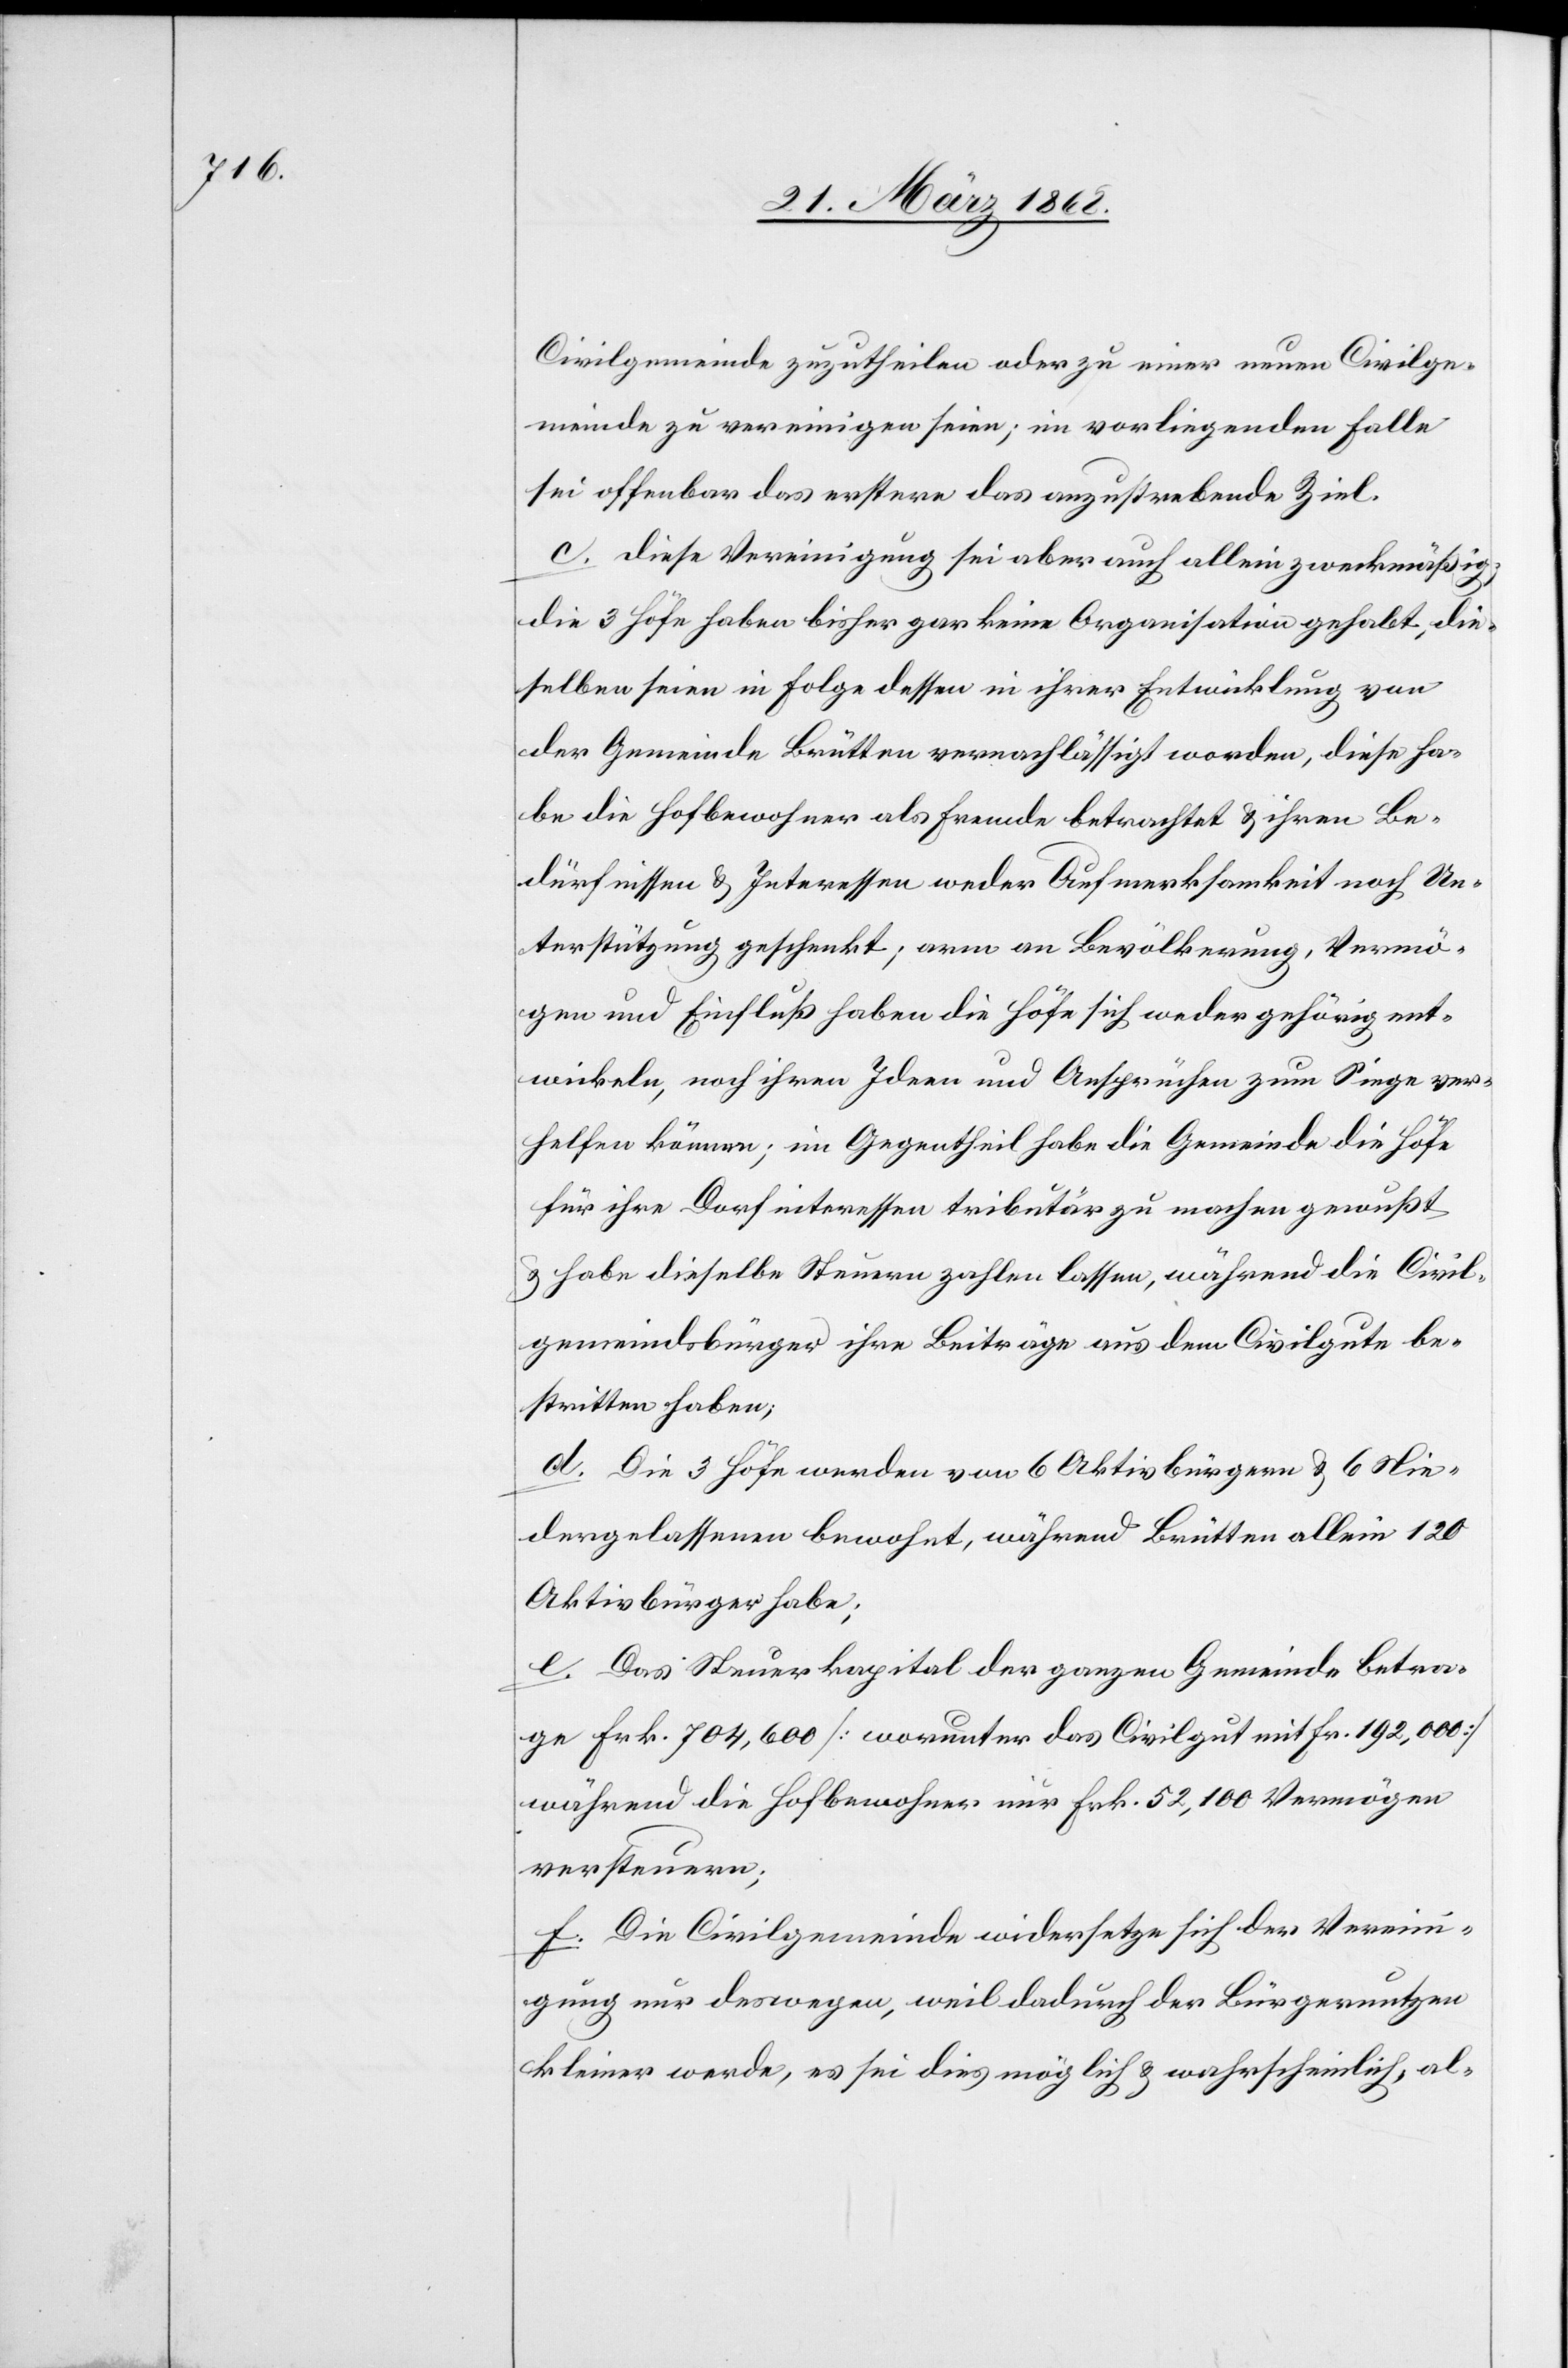
Civilgemeinde zuzutheilen oder zu einer neuen Civilge¬
meinde zu vereinigen seien; im vorliegenden Falle
sei offenbar das erstere das anzustrebende Ziel.
c. Diese Vereinigung sei aber auch allein zweckmäßig;
die 3 Höfe haben bisher gar keine Organisation gehabt, die¬
selben seien in Folge dessen in ihrer Entwicklung von
der Gemeinde Brütten vernachlässigt worden, diese ha¬
be die Hofbewohner als Fremde betrachtet & ihren Be¬
dürfnissen & Interessen weder Aufmerksamkeit noch Un¬
terstützung geschenkt; arm an Bevölkerung, Vermö¬
gen und Einfluß haben die Höfe sich weder gehörig ent¬
wickeln, noch ihren Ideen und Ansprüchen zum Siege ver¬
helfen können; im Gegentheil habe die Gemeinde die Höfe
für ihre Dorfinteressen tributär zu machen gewußt
& habe dieselbe Steuern zahlen lassen, während die Civil¬
gemeindsbürger ihre Beiträge aus dem Civilgute be¬
stritten haben;
d. Die 3 Höfe werden von 6 Aktivbürgern & 6 Nie¬
dergelassenen bewohnt, während Brütten allein 120
Aktivbürger habe;
e. Das Steuerkapital der ganzen Gemeinde betra¬
ge Frk. 704,600 [worunter das Civilgut mit Fr. 192,000]
während die Hofbewohner nur Frk. 52,100 Vermögen
versteuern;
f. Die Civilgemeinde widersetze sich der Verein¬
igung nur deswegen, weil dadurch der Bürgernutzen
kleiner werde, es sei dies möglich & wahrscheinlich, al-